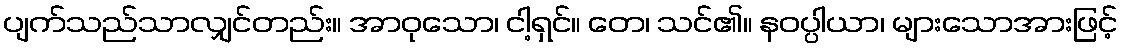
ပျက်သည်သာလျှင်တည်း။ အာဝုသော၊ ငါ့ရှင်။ တေ၊ သင်၏။ နဝပ္ပါယာ၊ များသောအားဖြင့်